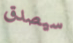
سيصدق